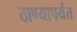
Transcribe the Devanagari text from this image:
ठाण्यापर्यंत